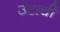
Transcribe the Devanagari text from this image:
उंटाची